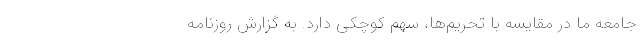
جامعه ما در مقایسه با تحریم‌ها، سهم کوچکی دارد. به گزارش روزنامه